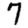
Digit: 7